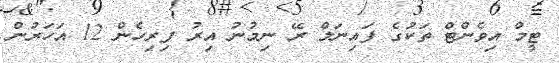
ޓީމް އިވެންޓް ތަކުގެ ފައިނަލް ރޭ ނިމުނު އިރު ފިރިހެން 12 އަހަރުން